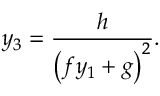
y _ { 3 } = \frac { h } { \left( f y _ { 1 } + g \right) ^ { 2 } } .